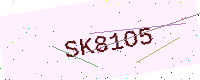
Text: SK81O5